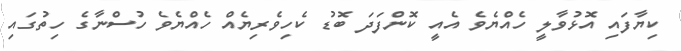
ކިޔާފައި އޮޅުވާލީ ހެއްޔެވެ އެއީ ކޮންފަދަ ބޮޑު ކެހިވެރިޔެއް ހެއްޔެވެ ހުސްނާގެ ހިތުގައި